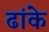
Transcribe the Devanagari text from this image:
ढांके